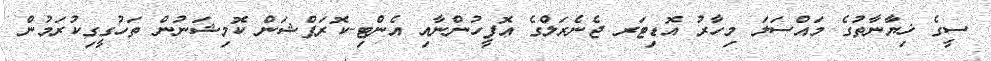
ސީގެ ޚިޔާނާތުގެ މައްސަލަ މިހާރު އޮޑިޓަރ ޖެނެރަލްގެ އޮފީހުންނާއި އެންޓި-ކޮރަޕްޝަން ކޮމިޝަނުން ތަހުގީގިކުރަމުން